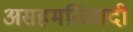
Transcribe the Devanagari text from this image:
असहमतिवादी